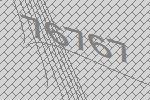
76767